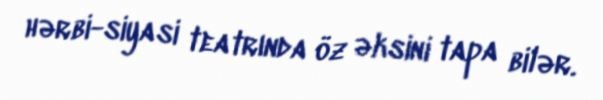
hərbi-siyasi teatrında öz əksini tapa bilər.